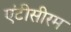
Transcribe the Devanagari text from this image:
एंटीसीरम